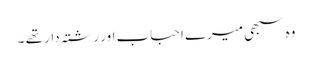
وہ سبھی میرے احباب اور رشتہ دار تھے ۔